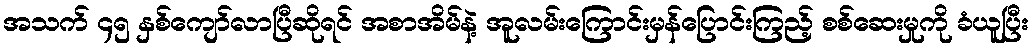
အသက် ၄၅ နှစ်ကျော်လာပြီဆိုရင် အစာအိမ်နဲ့ အူလမ်းကြောင်းမှန်ပြောင်းကြည့် စစ်ဆေးမှုကို ခံယူပြီး